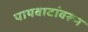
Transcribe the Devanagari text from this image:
पायवाटांवरून